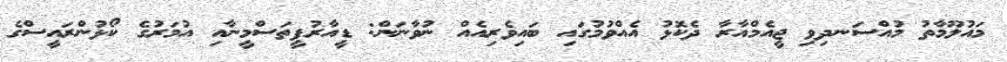
މައުލޫމާތު މުއްސަނދިވި ޖީއެމްއާރާ ދެކޮޅު އެއްވުމުގައި ބައިވެރިއެއް ނުވާނަން: ޑީއާރުޕީތަސްމީނާއި އުމަރުގެ ކޯޅުންރައީސްގެ